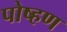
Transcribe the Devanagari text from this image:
पोष्हण